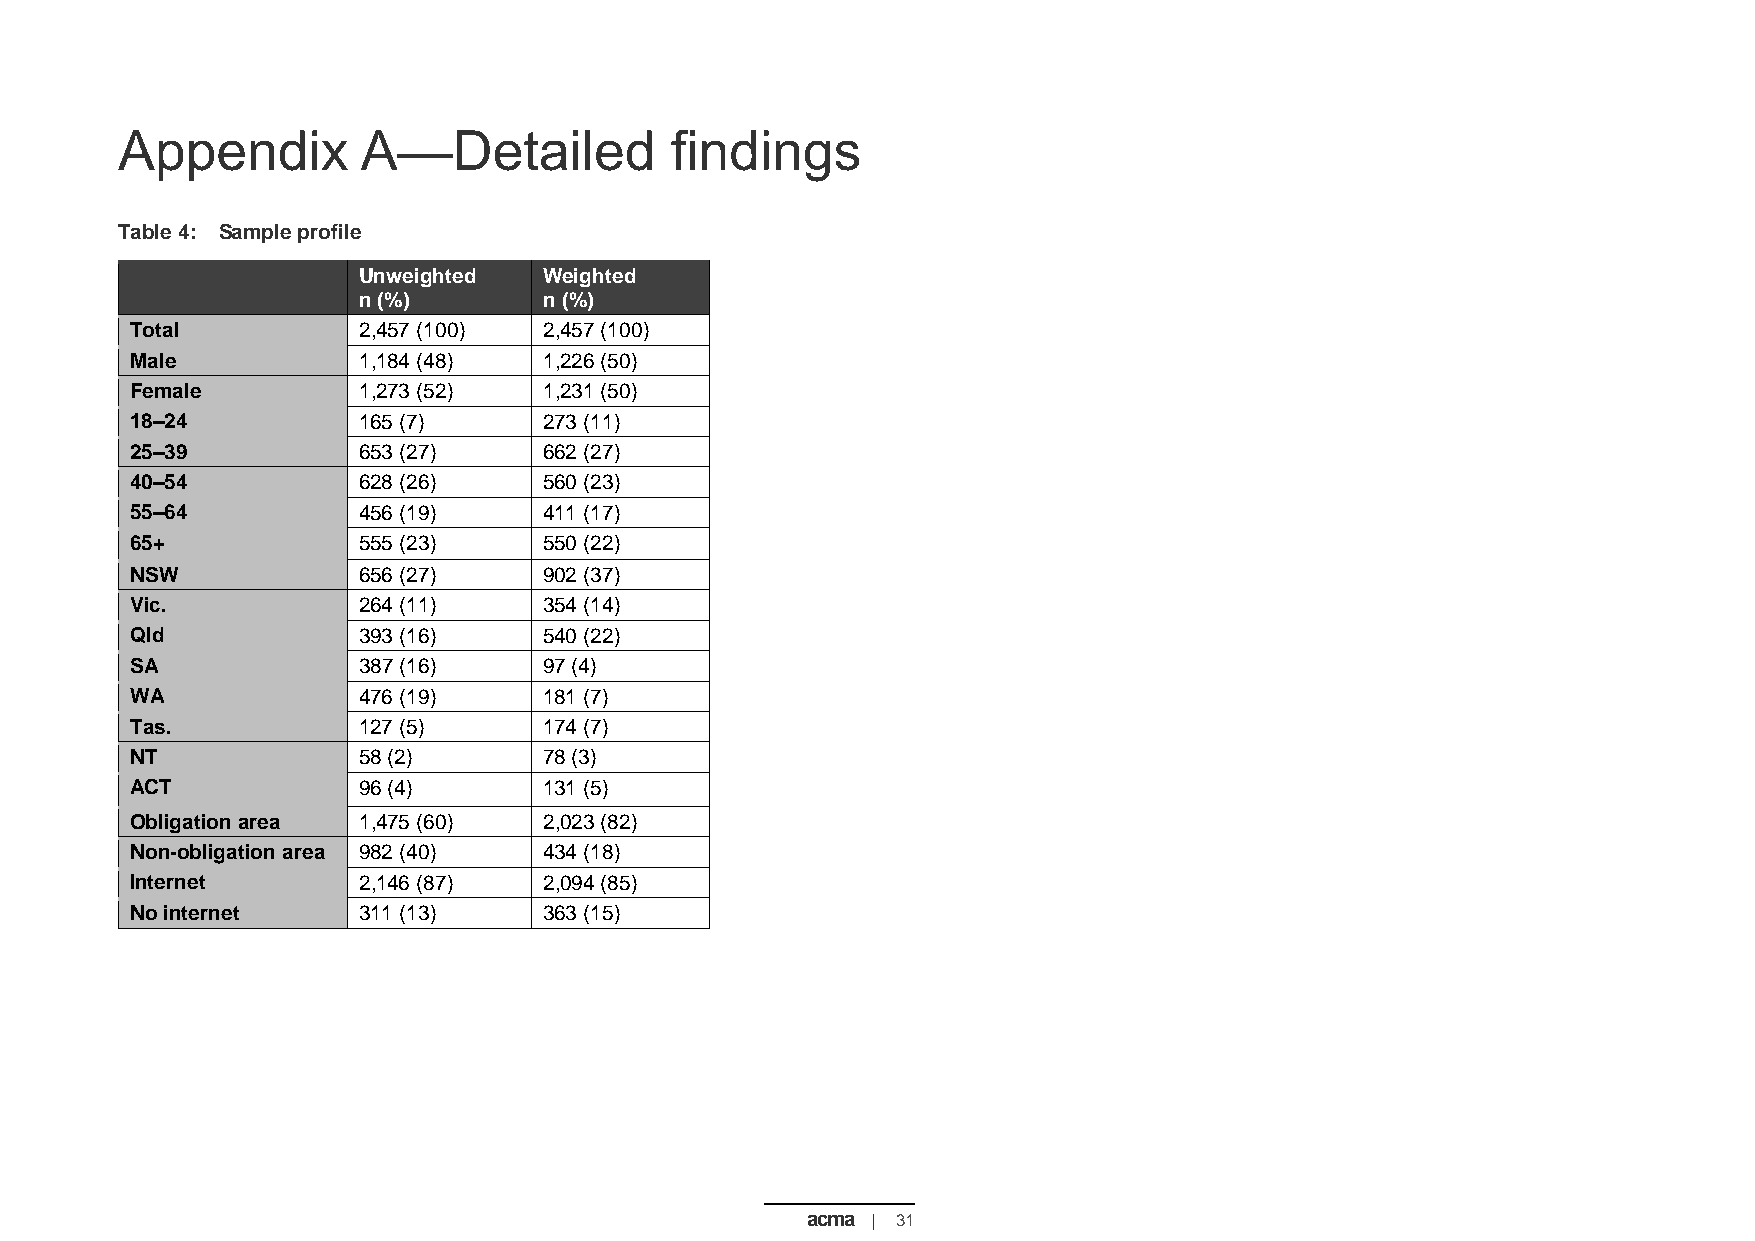
Appendix        A—Detailed          findings
 Table 4: Sample profile
 Unweighted  Weighted
 n (%)       n (%)
 Total          2,457 (100) 2,457 (100)
 Male           1,184 (48)  1,226 (50)
 Female         1,273 (52)  1,231 (50)
 18–24          165 (7)     273 (11)
 25–39          653 (27)    662 (27)
 40–54          628 (26)    560 (23)
 55–64          456 (19)    411 (17)
 65+            555 (23)    550 (22)
 NSW            656 (27)    902 (37)
 Vic.           264 (11)    354 (14)
 Qld            393 (16)    540 (22)
 SA             387 (16)    97 (4)
 WA             476 (19)    181 (7)
 Tas.           127 (5)     174 (7)
 NT             58 (2)      78 (3)
 ACT            96 (4)      131 (5)
 Obligation area 1,475 (60) 2,023 (82)
 Non-obligation area 982 (40) 434 (18)
 Internet       2,146 (87)  2,094 (85)
 No internet    311 (13)    363 (15)
 acma | 31